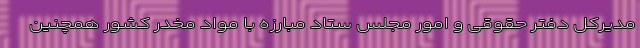
مدیرکل دفتر حقوقی و امور مجلس ستاد مبارزه با مواد مخدر کشور همچنین